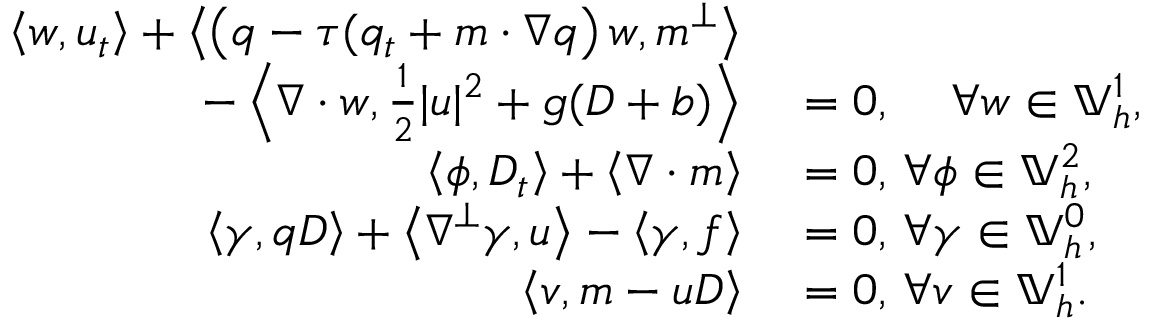
\begin{array} { r l } { \left\langle w , u _ { t } \right\rangle + \left\langle \left( q - { \tau } ( q _ { t } + m \cdot \nabla q \right) w , m ^ { \perp } \right\rangle } & { { } } \\ { \qquad - \left\langle \nabla \cdot w , \frac { 1 } { 2 } | u | ^ { 2 } + g ( D + b ) \right\rangle } & { { } = 0 , \, \quad \forall w \in \mathbb { V } _ { h } ^ { 1 } , } \\ { \left\langle \phi , D _ { t } \right\rangle + \left\langle \nabla \cdot m \right\rangle } & { { } = 0 , \, \forall \phi \in \mathbb { V } _ { h } ^ { 2 } , } \\ { \left\langle \gamma , q D \right\rangle + \left\langle \nabla ^ { \perp } \gamma , u \right\rangle - \left\langle \gamma , f \right\rangle } & { { } = 0 , \, \forall \gamma \in \mathbb { V } _ { h } ^ { 0 } , } \\ { \left\langle v , m - u D \right\rangle } & { { } = 0 , \, \forall v \in \mathbb { V } _ { h } ^ { 1 } . } \end{array}